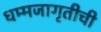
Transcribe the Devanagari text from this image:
धम्मजागृतीची